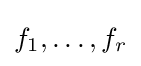
f_{1},\ldots ,f_{r}